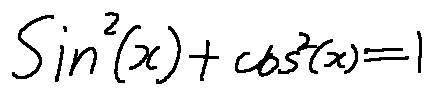
\sin ^ { 2 } ( x ) + \cos ^ { 2 } ( x ) = 1